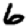
Digit: 6